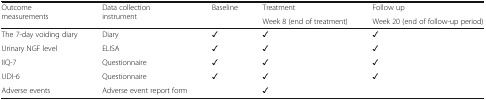
<table><thead><tr><td rowspan="2"><b>Outcome measurements</b></td><td rowspan="2"><b>Data collection instrument</b></td><td rowspan="2"><b>Baseline</b></td><td><b>Treatment</b></td><td><b>Follow up</b></td></tr><tr><td><b>Week 8 (end of treatment)</b></td><td><b>Week 20 (end of follow-up period)</b></td></tr></thead><tbody><tr><td>The 7-day voiding diary</td><td>Diary</td><td>✓</td><td>✓</td><td>✓</td></tr><tr><td>Urinary NGF level</td><td>ELISA</td><td>✓</td><td>✓</td><td>✓</td></tr><tr><td>IIQ-7</td><td>Questionnaire</td><td>✓</td><td>✓</td><td>✓</td></tr><tr><td>UDI-6</td><td>Questionnaire</td><td>✓</td><td>✓</td><td>✓</td></tr><tr><td>Adverse events</td><td>Adverse event report form</td><td></td><td>✓</td><td></td></tr></tbody></table>